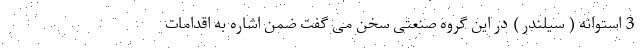
3 استوانه ( سیلندر ) در این گروه صنعتی سخن می گفت ضمن اشاره به اقدامات